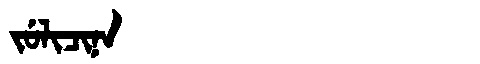
Manchu: ᠵᡠᠯᡳᠴᡳᠨᠠ
Romanization: JULICINA